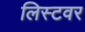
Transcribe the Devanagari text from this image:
लिस्टवर